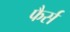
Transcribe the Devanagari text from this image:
फैर्स